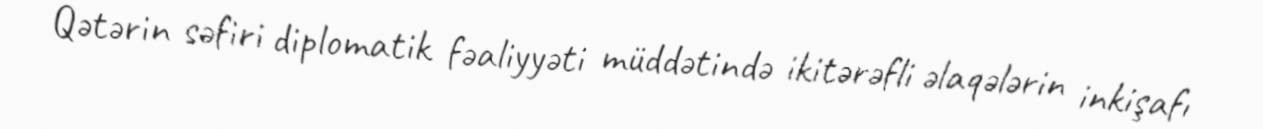
Qətərin səfiri diplomatik fəaliyyəti müddətində ikitərəfli əlaqələrin inkişafı